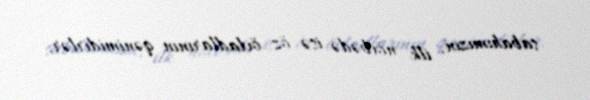
sabahımızın, ilk növbədə isə öz övladlarının qənimidirlər.